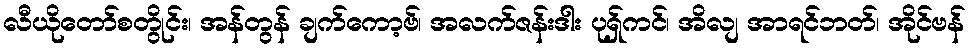
လီယိုတော်စတွိုင်း၊ အန်တွန် ချက်ကော့ဗ်၊ အလက်ဇန်းဒါး ပုရှ်ကင်၊ အိလျ အာရင်ဘတ်၊ အိုင်ဗန်